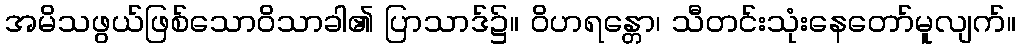
အမိသဖွယ်ဖြစ်သောဝိသာခါ၏ ပြာသာဒ်၌။ ဝိဟရန္တော၊ သီတင်းသုံးနေတော်မူလျက်။